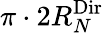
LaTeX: \le\pi\cdot 2R_{N}^{\textnormal{Dir}}